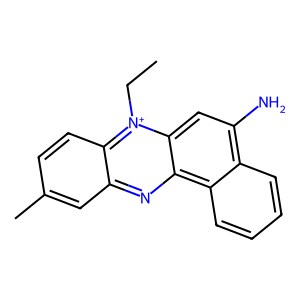
SMILES: CC[n+]1c2ccc(C)cc2nc2c3ccccc3c(N)cc21
Inhibits HIV replication: No